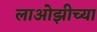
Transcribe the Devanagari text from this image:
लाओझीच्या